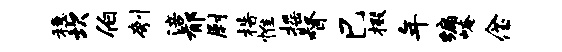
稳坎伯刳涪郁尉梏惟摇督巳掇年编崦念